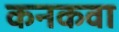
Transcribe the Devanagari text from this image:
कनकवा